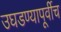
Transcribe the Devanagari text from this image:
उघडण्यापूर्वीच